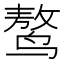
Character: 𪉑